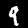
Digit: 9